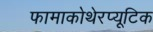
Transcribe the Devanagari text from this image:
फामाकोथेरप्यूटिक